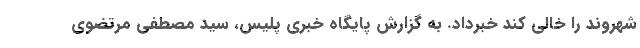
شهروند را خالی کند خبرداد. به گزارش پایگاه خبری پلیس، سید مصطفی مرتضوی